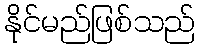
နိုင်မည်ဖြစ်သည်